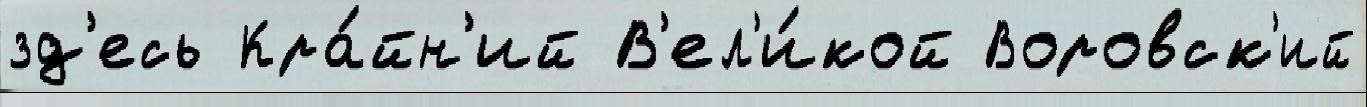
зд'есь Кра́йн'ий В'ел'и́кой Воровск'ий